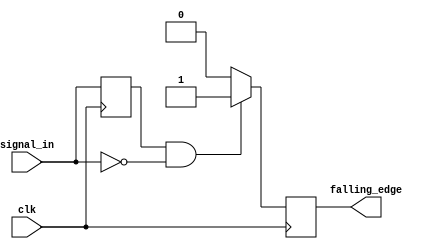
module falling_edge_detector (
    input wire clk,            // Clock signal
    input wire signal_in,      // Input signal to detect falling edge
    output reg falling_edge    // Output signal indicating falling edge
);

    reg previous_state;        // Internal register to hold previous state

    always @(posedge clk) begin
        // Detect falling edge
        if (previous_state == 1'b1 && signal_in == 1'b0) begin
            falling_edge <= 1'b1; // Set output high for one clock cycle
        end else begin
            falling_edge <= 1'b0; // Reset output
        end
        
        // Update previous state
        previous_state <= signal_in;
    end

endmodule